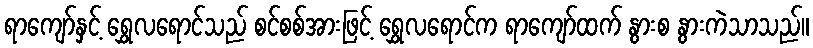
ရာကျော်နှင့် ရွှေလရောင်သည် စင်စစ်အားဖြင့် ရွှေလရောင်က ရာကျော်ထက် နွားစ နွားကဲသာသည်။